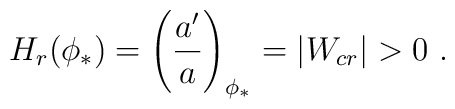
H_r (\phi_{*})=  \left({a'\over a}\right)_{\phi_{*}} = | W_{cr}| > 0\ .